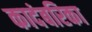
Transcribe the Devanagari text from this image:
कादंबरिका